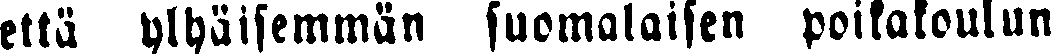
että ylhaisemmän suomalaisen poikakoulun